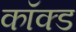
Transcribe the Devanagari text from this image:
कॉक्ड